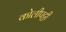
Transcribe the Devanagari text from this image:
कोलीपट्टी